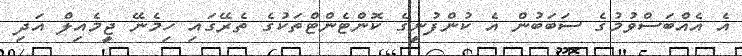
އެ އެއްބަސްވުމުގެ ސަބަބުން އެ ކުންފުނީގެ ކޮންޓެންޓްތަކުގެ ތެރޭގައި ހިމެނޭ ޖީމެއިލް އަދި